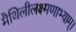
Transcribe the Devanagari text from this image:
मैथिलीलक्ष्मणाभ्याम्।